Civil Veterinary Department. Madras. Admin. report 1910-25 - 1910-1925
Year: 1910
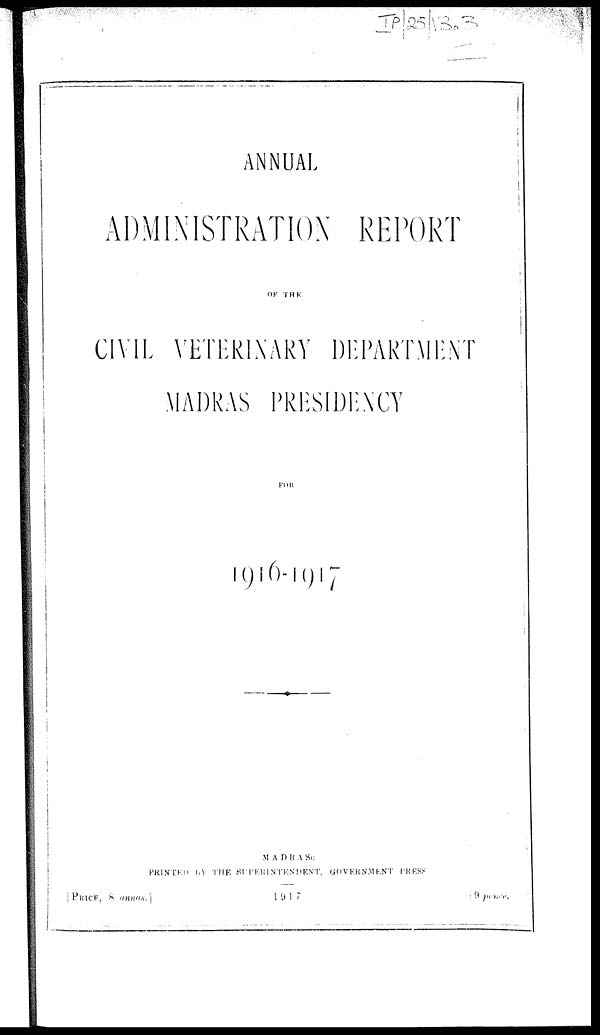
ANNUAL
ADMINISTRATION REPORT
OF THE
CIVIL VETERINARY DEPARTMENT
MADRAS PRESIDENCY
FOR
1916-1917
MADRAS:
PRINTED IN THE SUPERINTESNDENT. GOVERNMENT PRESS
PRICE, 8 annas.1 1917 9 price.